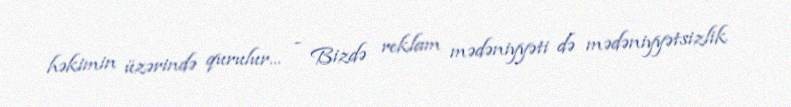
həkimin üzərində qurulur... - Bizdə reklam mədəniyyəti də mədəniyyətsizlik